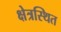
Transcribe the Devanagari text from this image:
क्षेत्रस्थित